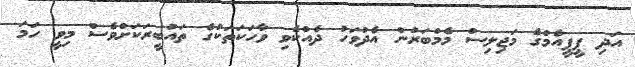
އަދި ޕީޕީއެމްގެ މަޖިލިސް މެމްބަރުން އެދުވަހު ދެއްކެވި ވާހަކަތަކުގެ ތައުބީރަކަށްވެސް މިވީ ހަމަ